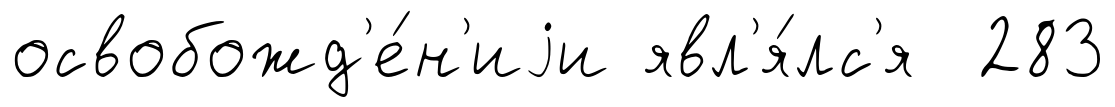
освобожд'е́н'иjи явл'я́лс'я 283